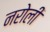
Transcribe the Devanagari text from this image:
नरोली